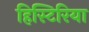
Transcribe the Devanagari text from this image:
हिस्टिरिया